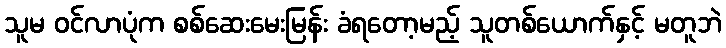
သူမ ဝင်လာပုံက စစ်ဆေးမေးမြန်း ခံရတော့မည့် သူတစ်ယောက်နှင့် မတူဘဲ